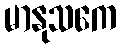
မာနုသကေ